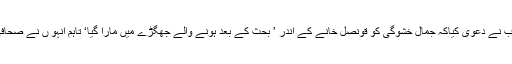
دوسری طرف سعودی اٹارنی جنرل شیخ سعود المجیب نے دعوی کیاکہ جمال خشوگی کو قونصل خانے کے اندر ’ بحث کے بعد ہونے والے جھگڑے میں مارا گیا‘ تاہم انہو ں نے صحافی کی لاش کے حوالے سے کوئی تفصیل نہیں بتائی۔